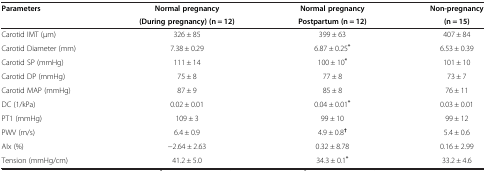
<table><thead><tr><td rowspan="2"><b>Parameters</b></td><td><b>Normal pregnancy</b></td><td><b>Normal pregnancy</b></td><td><b>Non-pregnancy</b></td></tr><tr><td><b>(During pregnancy) (n = 12)</b></td><td><b>Postpartum (n = 12)</b></td><td><b>(n = 15)</b></td></tr></thead><tbody><tr><td>Carotid IMT (μm)</td><td>326 ± 85</td><td>399 ± 63</td><td>407 ± 84</td></tr><tr><td>Carotid Diameter (mm)</td><td>7.38 ± 0.29</td><td>6.87 ± 0.25<sup><b>*</b></sup></td><td>6.53 ± 0.39</td></tr><tr><td>Carotid SP (mmHg)</td><td>111 ± 14</td><td>100 ± 10<sup><b>*</b></sup></td><td>101 ± 10</td></tr><tr><td>Carotid DP (mmHg)</td><td>75 ± 8</td><td>77 ± 8</td><td>73 ± 7</td></tr><tr><td>Carotid MAP (mmHg)</td><td>87 ± 9</td><td>85 ± 8</td><td>76 ± 11</td></tr><tr><td>DC (1/kPa)</td><td>0.02 ± 0.01</td><td>0.04 ± 0.01<sup><b>*</b></sup></td><td>0.03 ± 0.01</td></tr><tr><td>PT1 (mmHg)</td><td>109 ± 3</td><td>99 ± 10</td><td>99 ± 12</td></tr><tr><td>PWV (m/s)</td><td>6.4 ± 0.9</td><td>4.9 ± 0.8<sup><b>†</b></sup></td><td>5.4 ± 0.6</td></tr><tr><td>AIx (%)</td><td>-2.64 ± 2.63</td><td>0.32 ± 8.78</td><td>0.16 ± 2.99</td></tr><tr><td>Tension (mmHg/cm)</td><td>41.2 ± 5.0</td><td>34.3 ± 0.1<sup><b>*</b></sup></td><td>33.2 ± 4.6</td></tr></tbody></table>